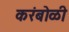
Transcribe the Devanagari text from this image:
करंबोळी